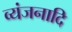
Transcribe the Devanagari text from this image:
व्यंजनादि